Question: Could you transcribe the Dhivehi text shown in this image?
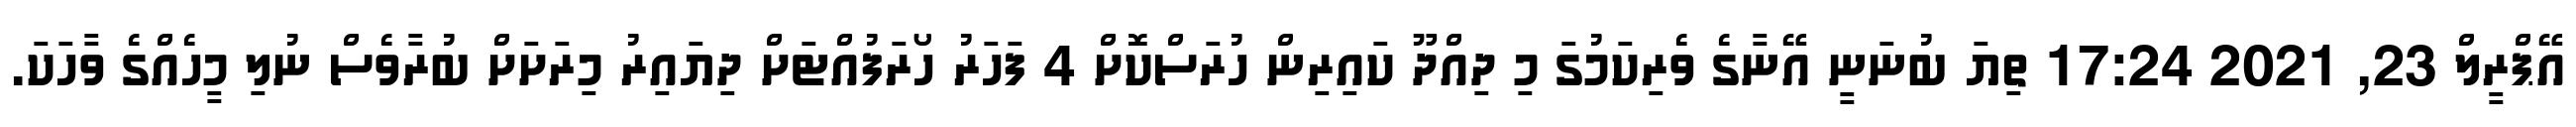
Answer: އޭޕްރީލް 23, 2021 17:24 ތިޔަ ބުނަނީ އޭނާގެ ވެރިކަމުގަ މި ދިއްދޫ ކައިރިން ހުރަސްކޮށް 4 ފަހަރު ހޯރަފުއްޓަށް ދިޔައިރު މިރަށަށް ބުރާވެސް ނުލި މީހެއްގެ ވާހަކަ.